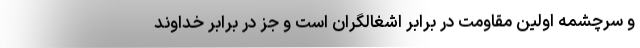
و سرچشمه اولین مقاومت در برابر اشغالگران است و جز در برابر خداوند